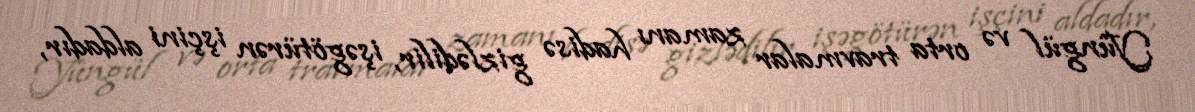
Yüngül və orta travmalar zamanı hadisə gizlədilir, işəgötürən işçini aldadır,